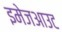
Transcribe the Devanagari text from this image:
इमेजआउट